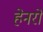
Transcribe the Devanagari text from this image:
हेनरो